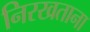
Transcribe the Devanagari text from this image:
निरखताना